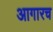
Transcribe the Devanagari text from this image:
आगारच